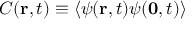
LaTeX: C ( { \bf r } , t ) \equiv \left< \psi ( { \bf r } , t ) \psi ( { \bf 0 } , t ) \right>